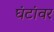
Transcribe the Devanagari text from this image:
घंटांवर